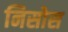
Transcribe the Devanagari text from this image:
निसोस